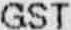
GST